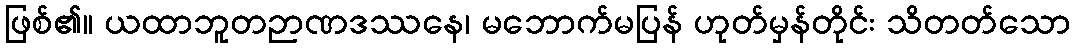
ဖြစ်၏။ ယထာဘူတဉာဏဒဿနေ၊ မဘောက်မပြန် ဟုတ်မှန်တိုင်း သိတတ်သော